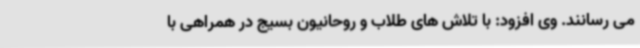
می رسانند. وی افزود: با تلاش های طلاب و روحانیون بسیج در همراهی با